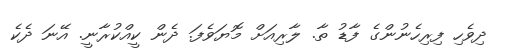
ދިވެހި ފިރިހެނުންގެ ފާޑު ތާ. ލާރިއަށް މޮޔަވެފަ. ދެން ކީއްކުރާނީ. އޭނަ ދެކެ